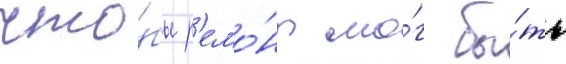
что́бы р'емо́нт мо́г бы́ть